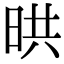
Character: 晎